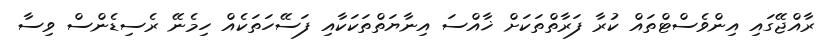
ރާއްޖޭގައި އިންވެސްޓްތައް ކުރާ ފަރާތްތަކަށް ޚާއްސަ އިނާޔަތްތަކަކާއި ފަސޭހަތަކެއް ހިމެނޭ ރެސިޑެންސް ވިސާ